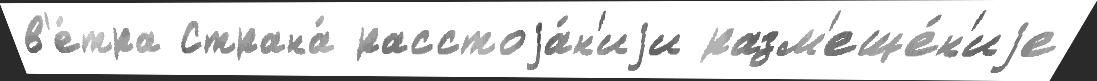
в'е́тра Страна́ расстоjа́н'иjи разм'еще́н'иjе